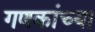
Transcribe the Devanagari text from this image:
गणकांच्या